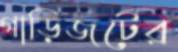
গাড়িজটের